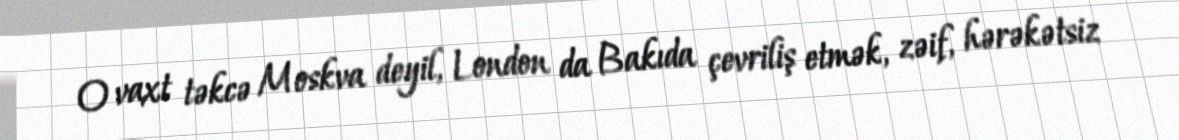
O vaxt təkcə Moskva deyil, London da Bakıda çevriliş etmək, zəif, hərəkətsiz